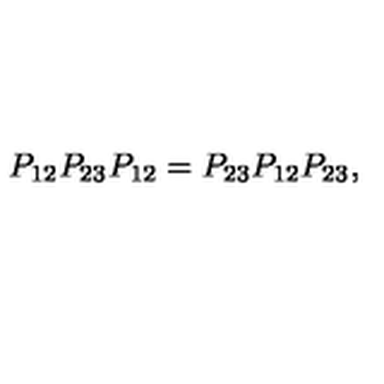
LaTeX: P _ { 1 2 } P _ { 2 3 } P _ { 1 2 } = P _ { 2 3 } P _ { 1 2 } P _ { 2 3 } ,